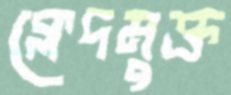
ক্লেদমুক্ত